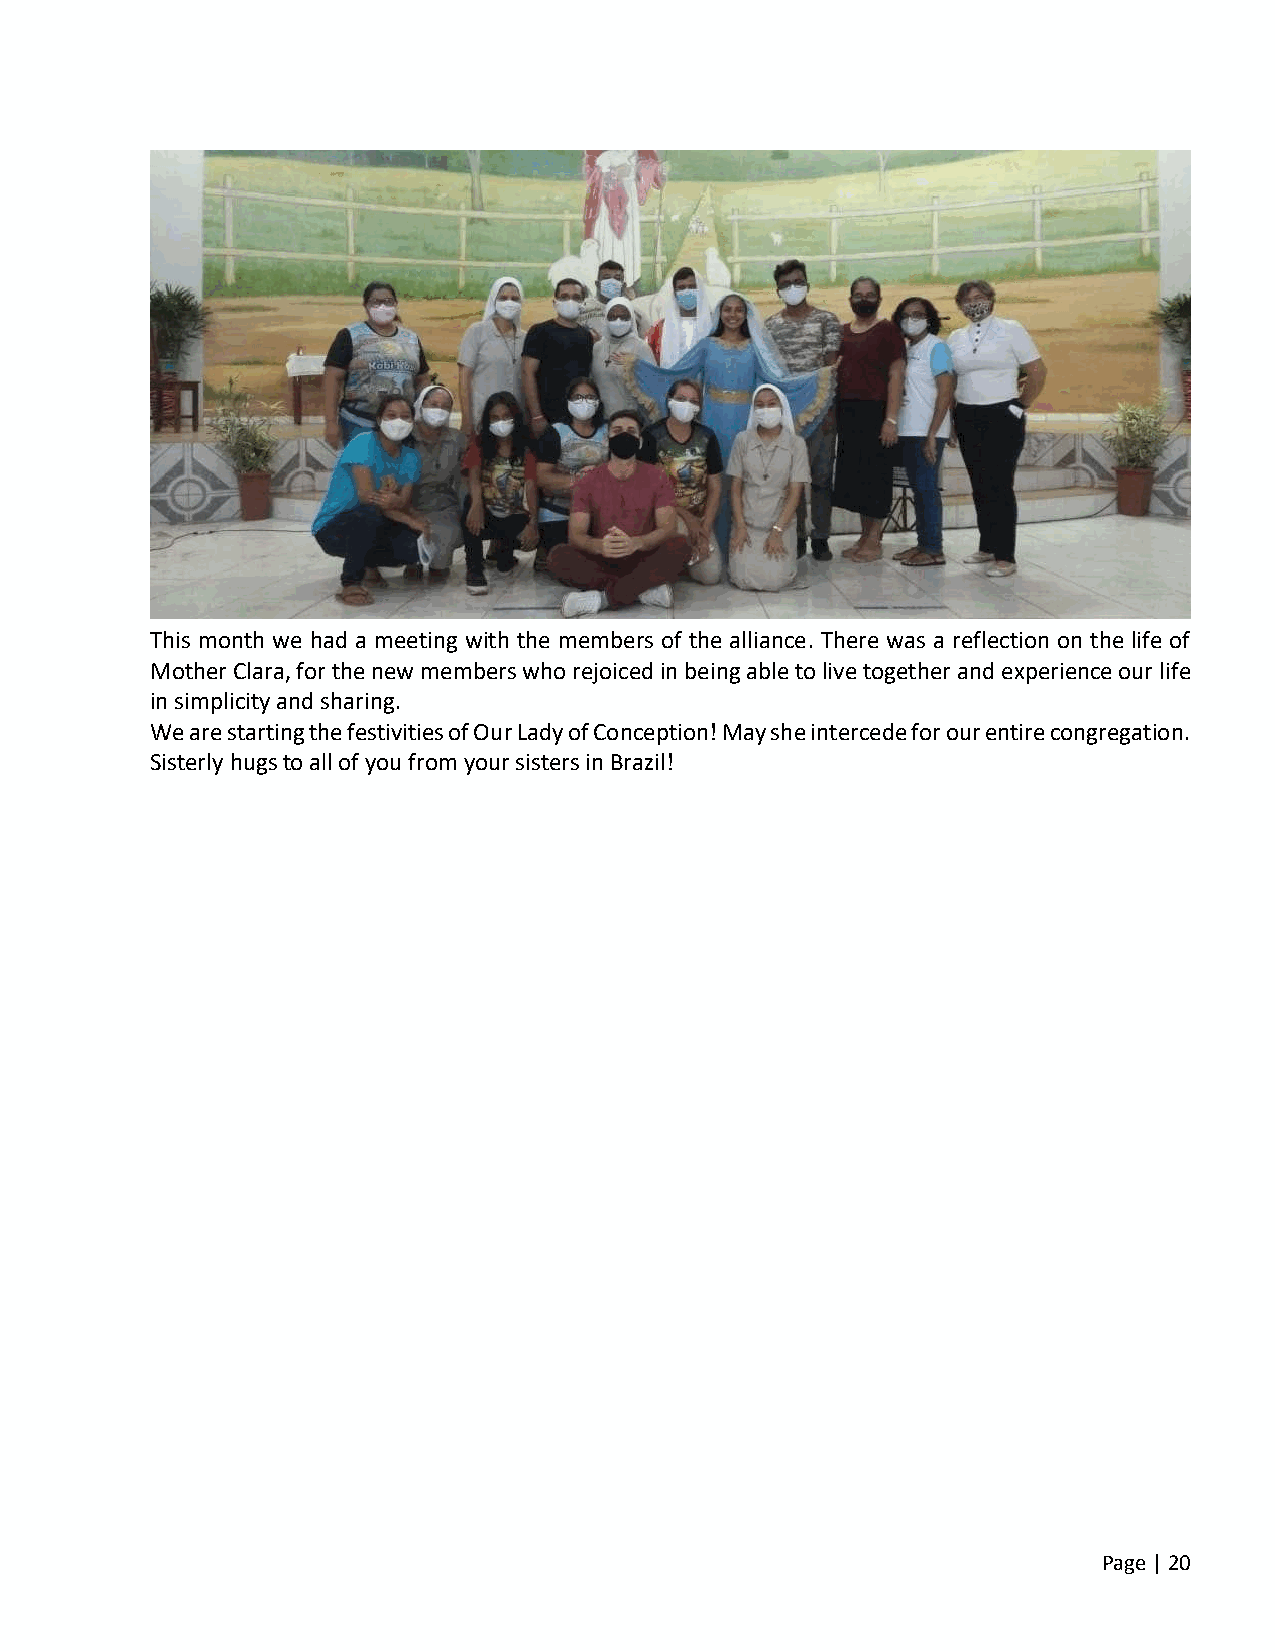
This month we had a meeting with the members of the alliance. There was a reflection on the life of
 Mother Clara, for the new members who rejoiced in being able to live together and experience our life
 in simplicity and sharing.
 We are starting the festivities of Our Lady of Conception! May she intercede for our entire congregation.
 Sisterly hugs to all of you from your sisters in Brazil!
 Page | 20